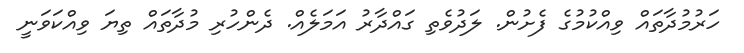
ހަރުމުދާތައް ވިއްކުމުގެ ފެށުން. ލަދުވެތި ގައްދާރު އަމަލެއް. ދެންހުރި މުދާތައް ތިޔަ ވިއްކަވަނީ